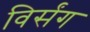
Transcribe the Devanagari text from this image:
विर्संग